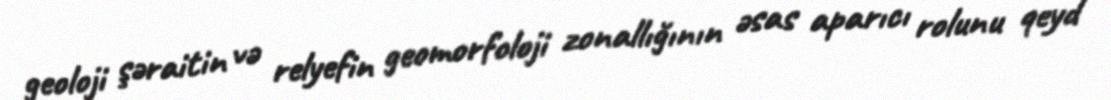
geoloji şəraitin və relyefin geomorfoloji zonallığının əsas aparıcı rolunu qeyd